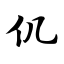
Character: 仉